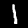
Label: 1